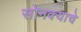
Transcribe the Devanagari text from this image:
सोनक्याचे